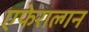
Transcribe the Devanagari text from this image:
एफेराल्गन